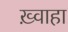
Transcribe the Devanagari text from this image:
ख़्वाहा